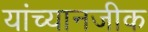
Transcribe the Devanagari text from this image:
यांच्यानजीक